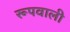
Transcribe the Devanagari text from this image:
रूपवाली